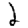
Digit: 2